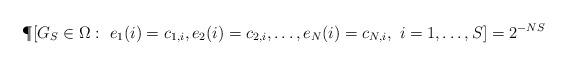
LaTeX: \begin{align*} \P[G_S \in\Omega: \ e_1(i)=c_{1,i}, e_2(i)=c_{2,i},\dots, e_N(i)=c_{N,i}, \ i=1,\dots, S ]=2^{-NS}\end{align*}